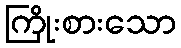
ကြိုးစားသော